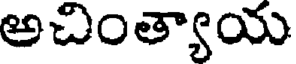
అచింత్యాయ